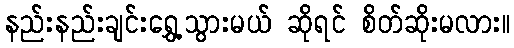
နည်းနည်းချင်းရွှေ့သွားမယ် ဆိုရင် စိတ်ဆိုးမလား။